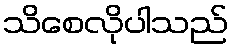
သိစေလိုပါသည်